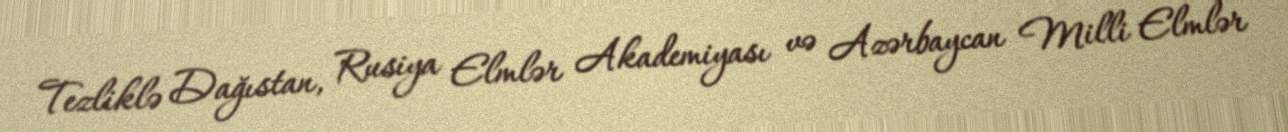
Tezliklə Dağıstan, Rusiya Elmlər Akademiyası və Azərbaycan Milli Elmlər